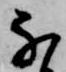
な